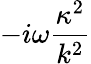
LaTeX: -i\omega\frac{\kappa^{2}}{k^{2}}